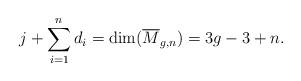
LaTeX: \begin{align*}j+\sum_{i=1}^n d_i=\dim(\overline{M}_{g,n})=3g-3+n.\end{align*}